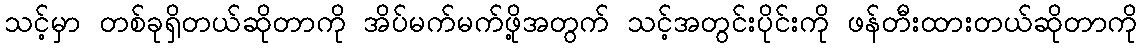
သင့်မှာ တစ်ခုရှိတယ်ဆိုတာကို အိပ်မက်မက်ဖို့အတွက် သင့်အတွင်းပိုင်းကို ဖန်တီးထားတယ်ဆိုတာကို